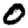
Digit: 0